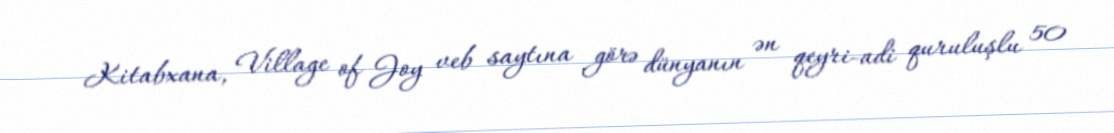
Kitabxana, Village of Joy veb saytına görə dünyanın ən qeyri-adi quruluşlu 50